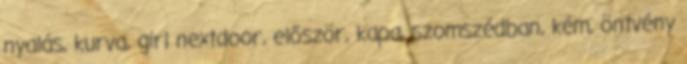
nyalás, kurva, girl nextdoor, először, kapa, szomszédban, kém, öntvény